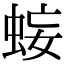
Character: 𧊷